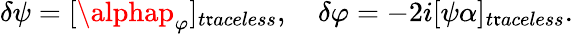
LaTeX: \delta\psi=[\alphap_{\varphi}]_{t\mathfrak{r}aceless},\quad\delta\varphi=-2i[\psi\alpha]_{t\mathfrak{r}aceless}.